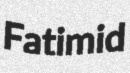
Fatimid